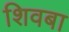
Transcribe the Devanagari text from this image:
शिवबा